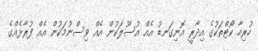
ހުރިހާ ކޯޓްތަކުގެ އިދާރީ އޮނިގަނޑު އެއް އުސޫލަކުން އެއް ވިސްނުމަކުން އެއް ފުރާޅެއްގެ